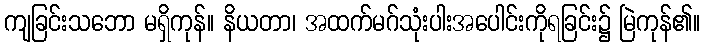
ကျခြင်းသဘော မရှိကုန်။ နိယတာ၊ အထက်မဂ်သုံးပါးအပေါင်းကိုရခြင်း၌ မြဲကုန်၏။